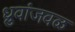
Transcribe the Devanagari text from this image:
ध्रुवांजवळ